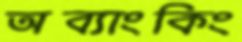
অব্যাংকিং